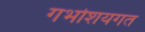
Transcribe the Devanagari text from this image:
गर्भाशयगत